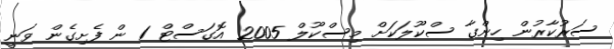
ސަރުކާރުން ހިންގާ ސްކޫލަކަށް މިސްކޫލް 2005 އޮގަަސްޓް 1 ން ފެށިގެން ވަނީ